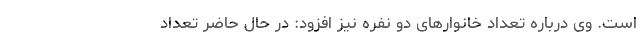
است. وی درباره تعداد خانوارهای دو نفره نیز افزود: در حال حاضر تعداد